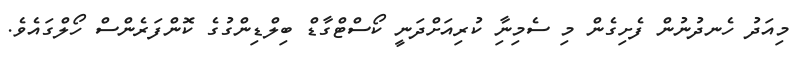
މިއަދު ހެނދުނުން ފެށިގެން މި ސެމިނިާ ކުރިއަށްދަނީ ކޯސްޓްގާޑް ބިލްޑިންގުގެ ކޮންފަރެންސް ހޯލްގައެވެ.